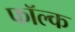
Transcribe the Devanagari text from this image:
फॉल्क